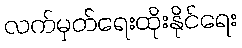
လက်မှတ်ရေးထိုးနိုင်ရေး